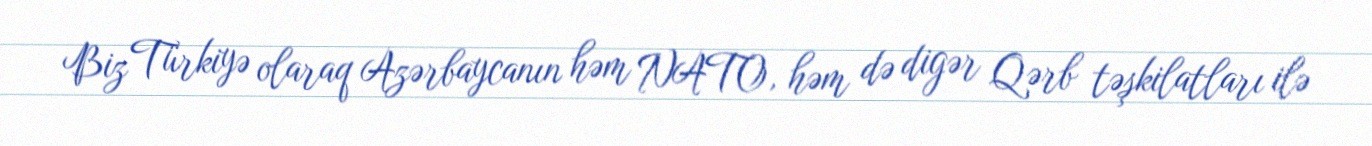
Biz Türkiyə olaraq Azərbaycanın həm NATO, həm də digər Qərb təşkilatları ilə